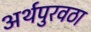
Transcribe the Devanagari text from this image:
अर्थपुरवठा